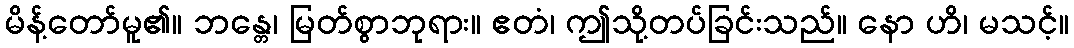
မိန့်တော်မူ၏။ ဘန္တေ၊ မြတ်စွာဘုရား။ ဧတံ၊ ဤသို့တပ်ခြင်းသည်။ နော ဟိ၊ မသင့်။